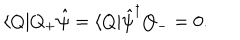
\langle Q | Q _ { + } \hat { \psi } = \langle Q | \hat { \psi } ^ { \dagger } Q _ { - } = 0 .